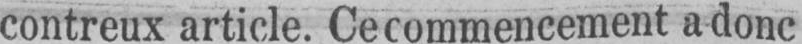
contreux article. Ce commencement a donc